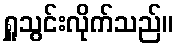
ရှူသွင်းလိုက်သည်။